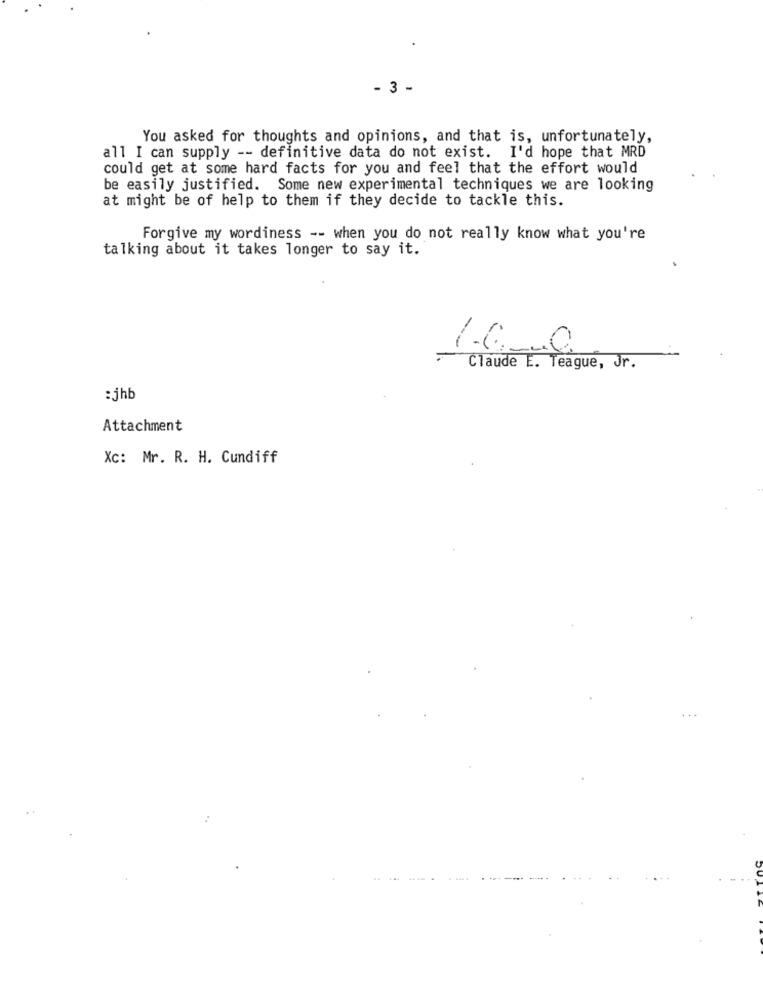
- 3 -
You asked for thoughts and opinions, and that is, unfortunately,
all I can supply -- definitive data do not exist. I'd hope that MRD
could get at some hard facts for you and feel that the effort would
be easily justified. Some new experimental techniques we are looking
at might be of help to them if they decide to tackle this.
Forgive my wordiness -- when you do not really know what you're
talking about it takes longer to say it.
1.0ml
Claude E. Teague, Jr.
:jhb
Attachment
Xc: Mr. R. H. Cundiff